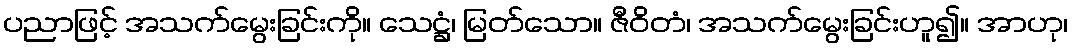
ပညာဖြင့် အသက်မွေးခြင်းကို။ သေဋ္ဌံ၊ မြတ်သော။ ဇီဝိတံ၊ အသက်မွေးခြင်းဟူ၍။ အာဟု၊